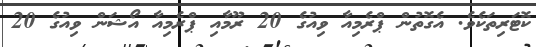
ކޮޓަރިތަކެވެ. އެގޮތުން ޕްރެމިއާ ވިއުގެ 20 ރޫމާއި ޕްރެމިއާ އޯޝަން ވިއުގެ 20